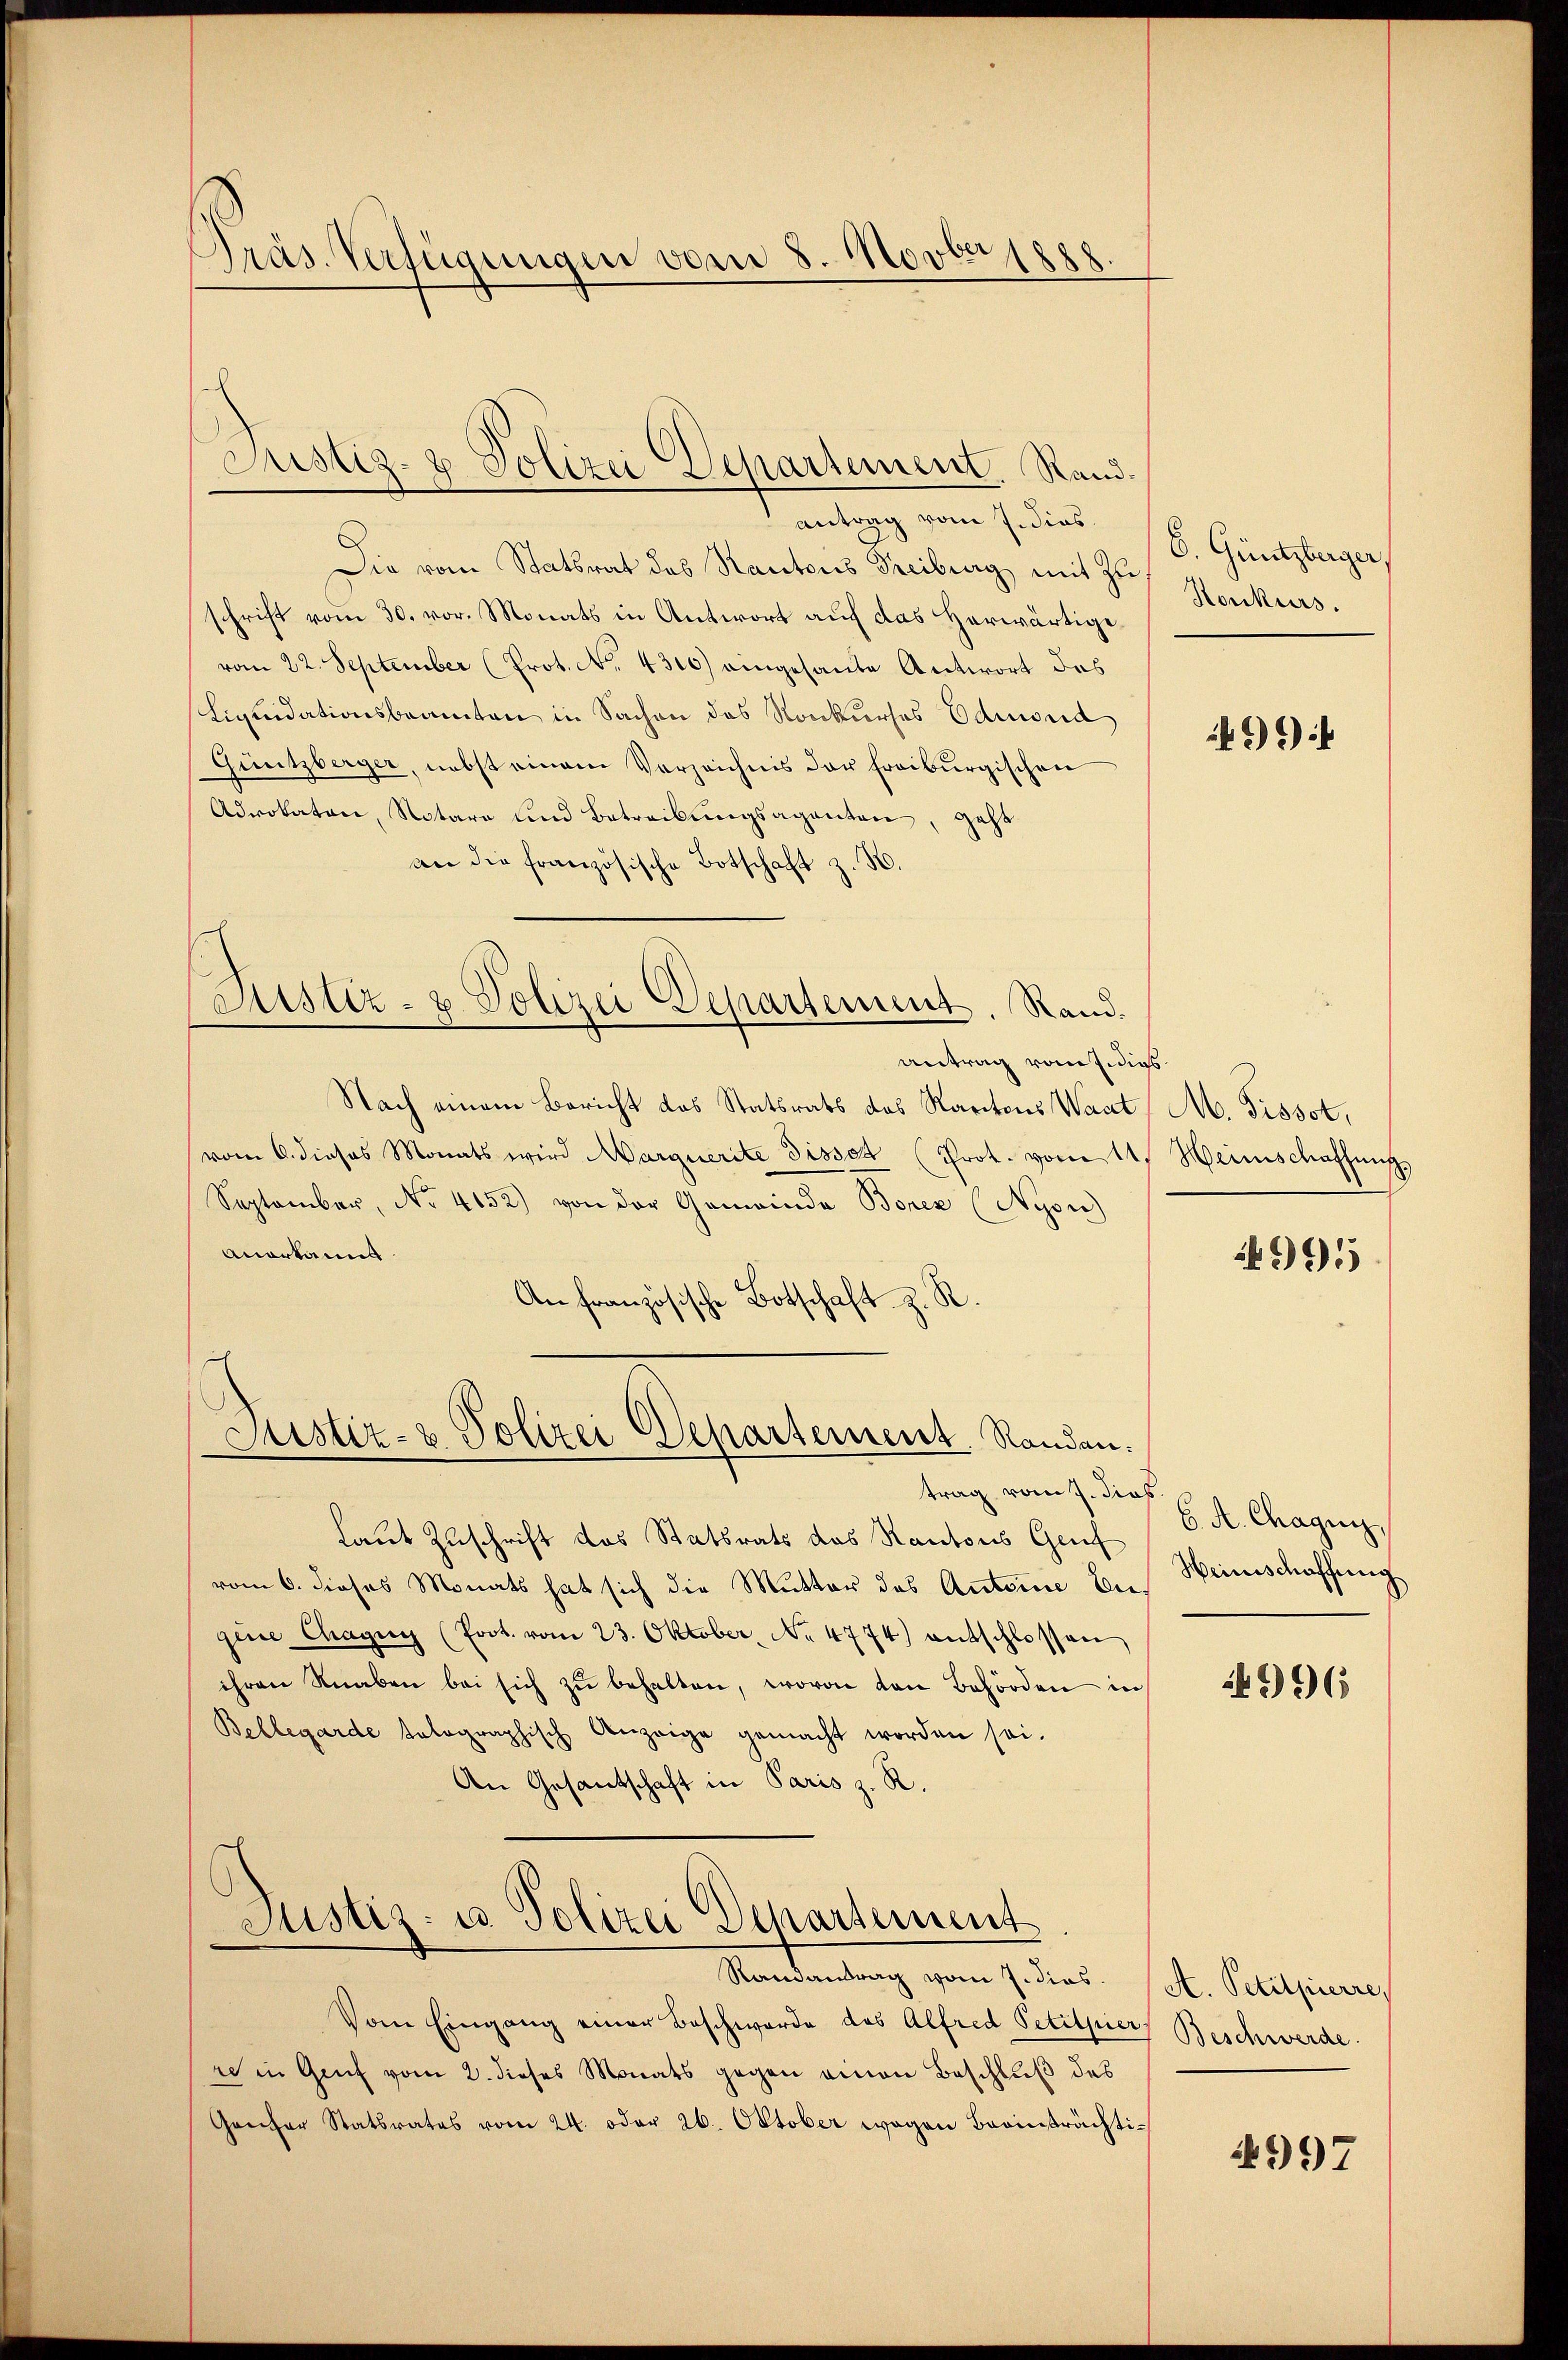
Präs. Verfügungen vom 8. Novberse

Justiz- & Polizei Departement. Rand.

antrag vom 7. dies
Die vom Statsrat des Kantons Treiburg, mit zu
schrift vom 30. vor. Monats in Antwort auf das Herwärtige
vom 22. September (Prot. No. 4310) eingesante Antwort des
Liquidationsbeamten in Sachen des Konkurses Edmond
Guntzberger, nebst einem Verzeichnis der freiburgischen
Advokaten, Notare und Betreibungsagenten, geht
an die französische Botschaft z. B.
Zustiz- & Polizei Departement. Rand.
antrag vom 7. dies
Nach einem Bericht das Statsrats des Kartons Waat (M. Fissst,
vom 6. dieses Monats wird Marquerite Disset (Prot. vom 11. Heimschaffung,
September, No 4152) von der Gemeinde Borez (Nyon
Anerkannt.
An französische Botschaft z. R.

Justiz- & Polizei Departement. Randen.
trag vom 7. dies

Justiz- u. Polizei Departement

C. Güntzberger,
Honkurs.

Laut Zuschrift des Statsrats das Kantons Genf
vom 6. dieses Monats hat sich die Mutter des Antoine Ungene Chagny (Poot. vom 23. Oktober, No 4774) entschlossen
ihren Knaben bei sich zŭ behalten, wovon den Behörden in
Bellegarde talographisch Anzeige gemacht worden sei.
An Gesantschaft in Paris z. R.

Randantrag vom 7. dies
Vom Eingang einer Beschwerde des Alfred Petitier, Beschwerde
re in Genf vom 2. dieses Monats gegen einen Beschluß des
Genfer Statsrates vom 24. oder 26. Oktober wegen Beeinträchti¬

4994

4991

6. A. Chagni
Heinschaffung

2996

A. Petitpierre

4997